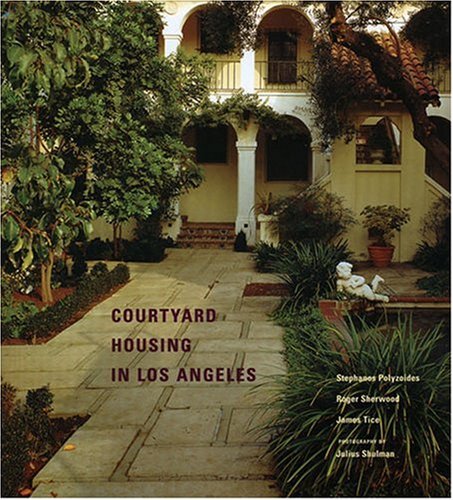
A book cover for Courtyard Housing in Los Angeles; Stefanos Polyzoides; Arts & Photography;